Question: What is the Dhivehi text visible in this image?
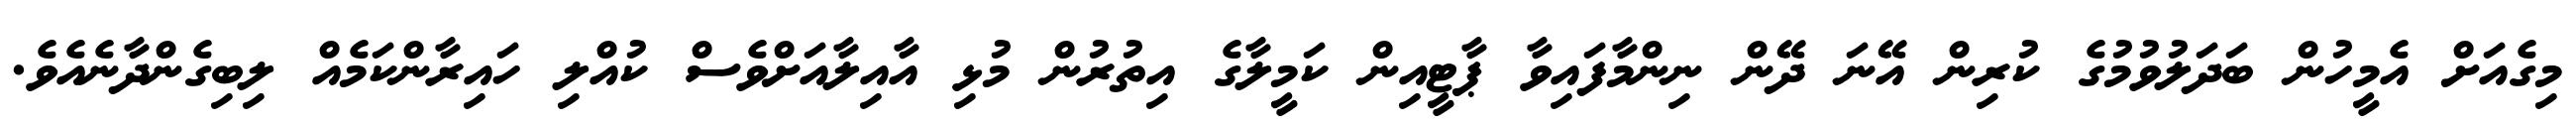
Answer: މިގެއަށް އެމީހުން ބަދަލުވުމުގެ ކުރިން އޭނަ ދޭން ނިންމާފައިވާ ޕާޓީއިން ކަމީލާގެ އިތުރުން މުޅި އާއިލާއަށްވެސް ކުއްލި ހައިރާންކަމެއް ލިބިގެންދާނެއެވެ.